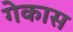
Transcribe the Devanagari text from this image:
गेकास